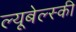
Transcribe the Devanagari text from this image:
ल्यूबेल्स्की